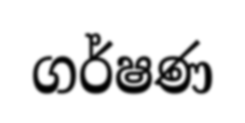
ගර්ෂණ